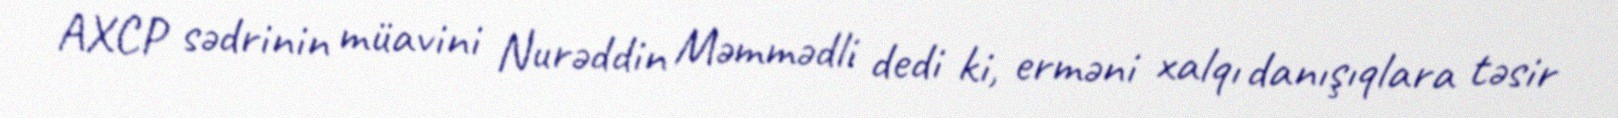
AXCP sədrinin müavini Nurəddin Məmmədli dedi ki, erməni xalqı danışıqlara təsir